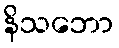
နိသဘော